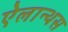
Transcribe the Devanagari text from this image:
ऐलान्थस